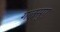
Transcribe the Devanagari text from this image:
गलसुए